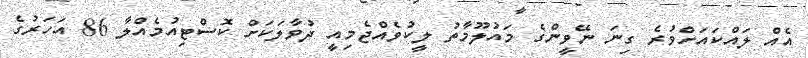
އެއް ލައްކައަށްވުރެ ގިނަ ނޭވީންގެ މައުލޫމާތު ލީކުވެއްޖެމިއީ ދުވާލަކަށް ކޮސްޓިއުމެއްލާ 86 އަހަރުގެ